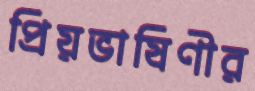
প্রিয়ভাষিণীর